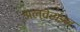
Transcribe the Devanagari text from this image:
अल्वेराइन